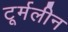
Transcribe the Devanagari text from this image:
टूर्मलीन